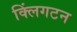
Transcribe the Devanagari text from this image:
क्लिंगटन